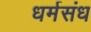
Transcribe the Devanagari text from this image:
धर्मसंध